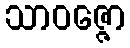
သာဝဇ္ဇော